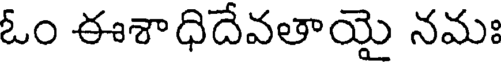
ఓం ఈశాధిదేవతాయై నమః